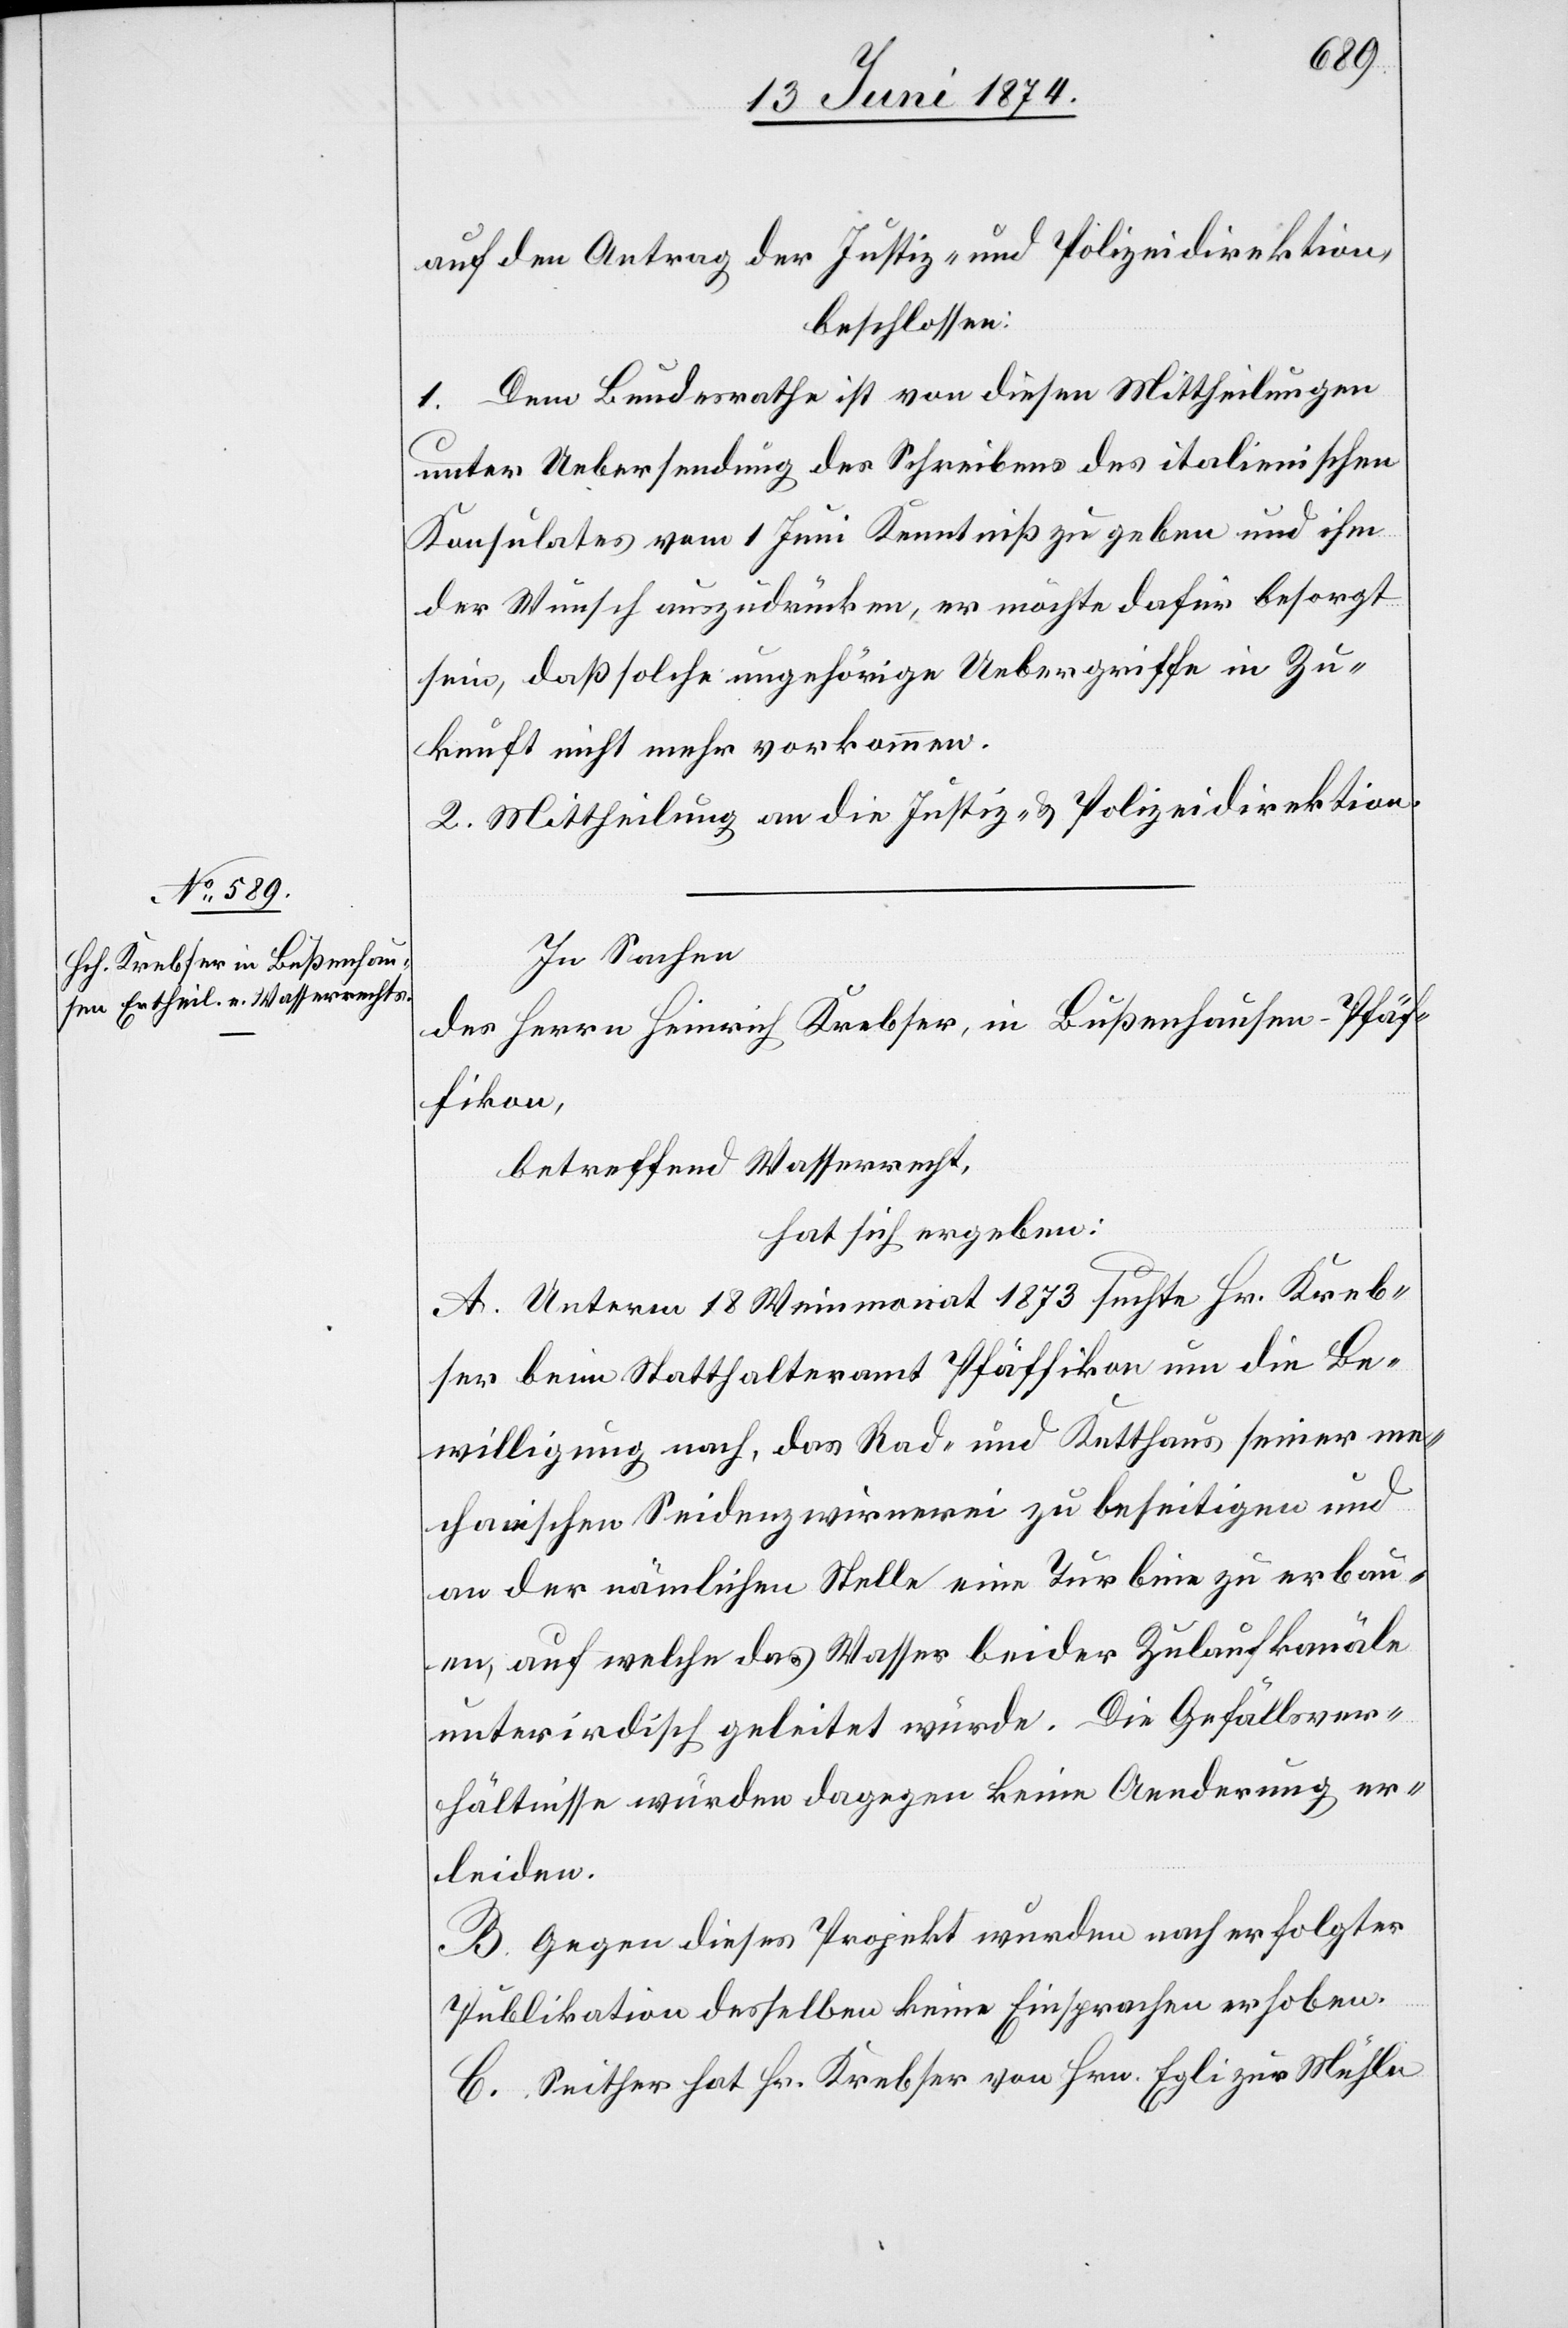
auf den Antrag der Justiz- und Polizeidirektion,
beschlossen:
1. Dem Bundesrathe ist von diesen Mittheilungen
unter Uebersendung des Schreibens des italienischen
Konsulates vom 1. Juni Kenntniß zu geben und ihm
der Wunsch auszudrücken, er möchte dafür besorgt
sein, daß solche ungehörige Uebergriffe in Zu¬
kunft nicht mehr vorkommen.
2. Mittheilung an die Justiz- u. Polizeidirektion.
In Sachen
des Herrn Heinrich Krebser, in Bußenhausen-Pfäf¬
fikon,
betreffend Wasserrecht,
hat sich ergeben:
A. Unterm 18. Weinmonat 1873 suchte Hr. Kreb¬
ser beim Statthalteramt Pfäffikon um die Be¬
willigung nach, das Rad- und Ketthaus seiner me¬
chanischen Seidenzwirnerei zu beseitigen und
an der nämlichen Stelle eine Turbine zu erbau¬
en, auf welche das Wasser beider Zulaufkanäle
unterirdisch geleitet wurde. Die Gefällsver¬
hältnisse würden dagegen keine Aenderung er¬
leiden.
B. Gegen dieses Projekt wurden nach erfolgter
Publikation desselben keine Einsprachen erhoben.
C. Seither hat Hr. Krebser von Hrn. Egli zur Mühle